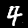
Label: 4